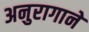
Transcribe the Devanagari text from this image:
अनुरागाने